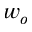
w _ { o }